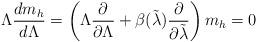
LaTeX: \begin{align*}\Lambda \frac{dm_h}{d\Lambda}= \left( \Lambda \frac{\partial}{\partial\Lambda}+ \beta(\tilde\lambda)\frac{\partial}{\partial\tilde\lambda} \right) m_h=0\end{align*}